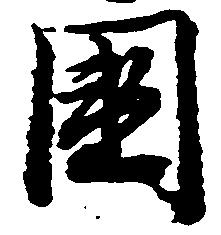
国